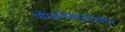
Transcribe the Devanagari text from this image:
परिक्रमेबद्दलदेखील